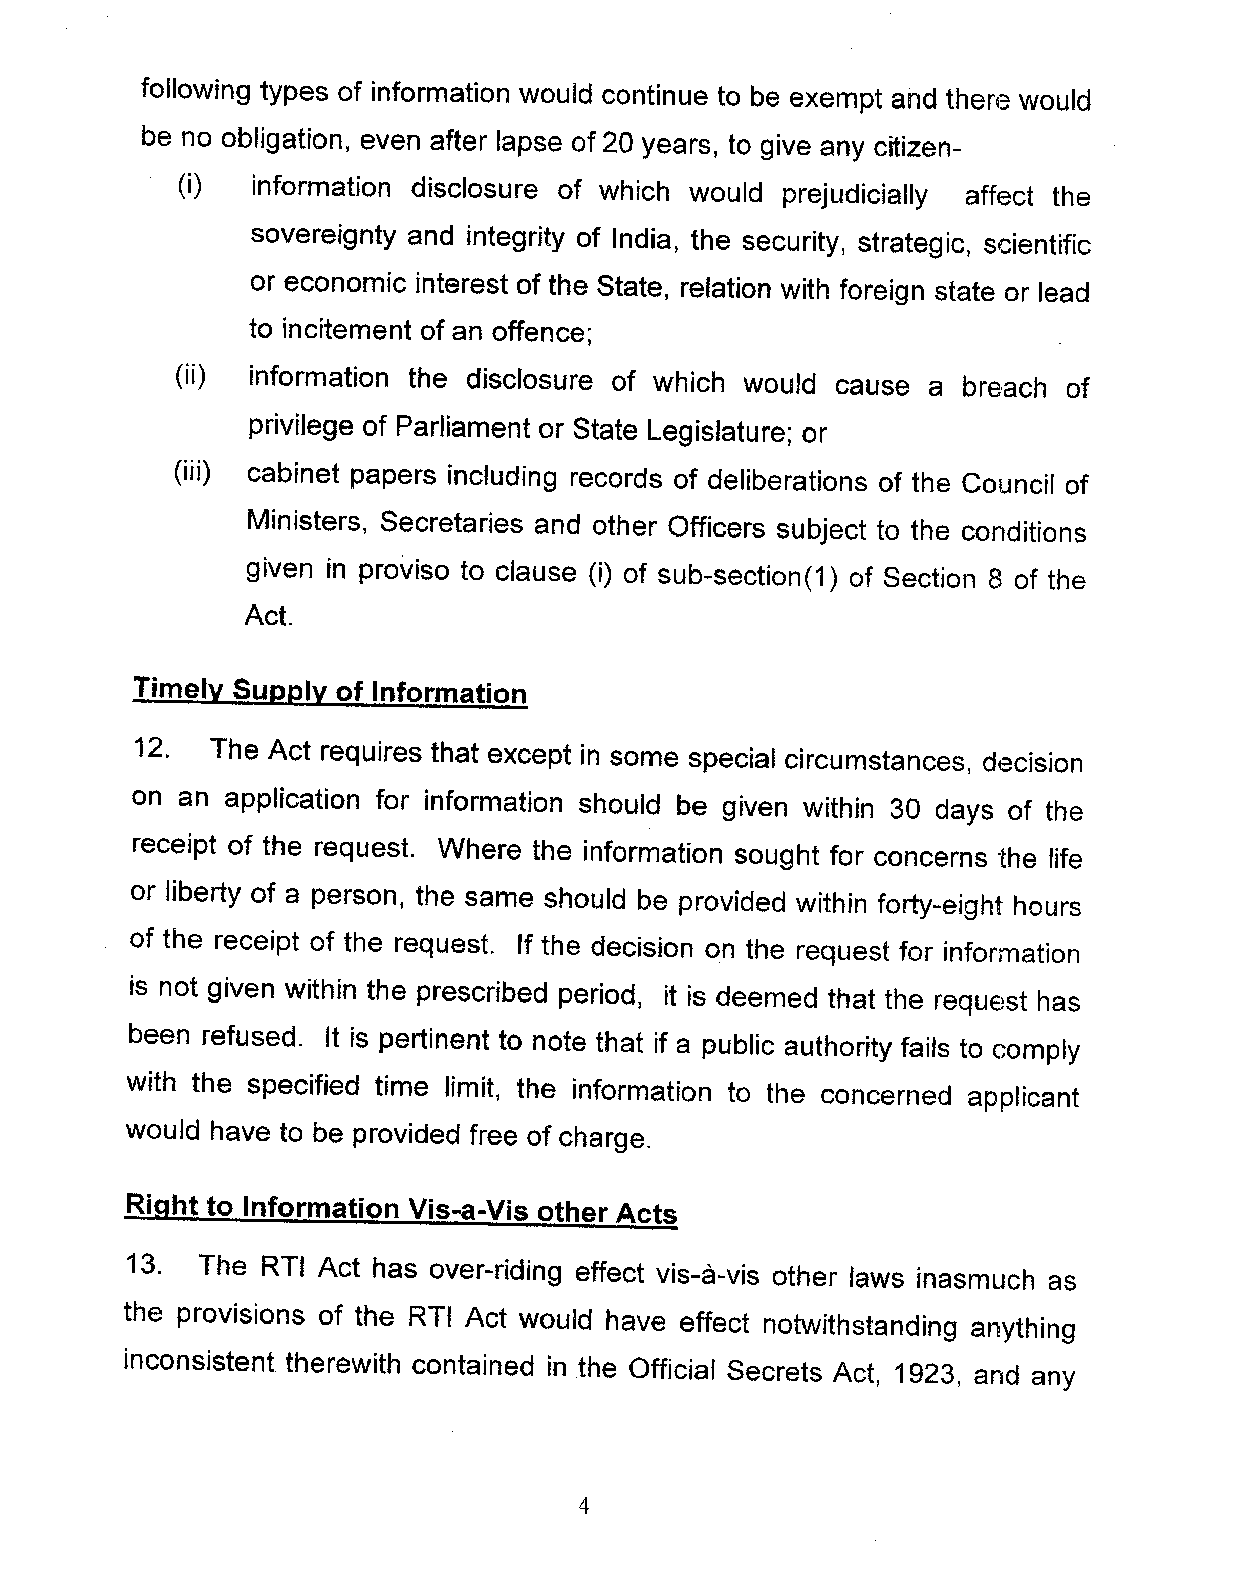
following types of information would continue to be exempt and there would
 be no obligation, even after lapse of 20 years, to give any citizen-
 (i)  information disclosure of which would prejudicially affect the
 sovereignty and integrity of India, the security, strategic, scientific
 or economic interest of the State, relation with foreign state or lead
 to incitement of an offence;
 (ii) information the disclosure of which would cause a breach of
 privilege of Parliament or State Legislature; or
 (iii) cabinet papers including records of deliberations of the Council of
 Ministers, Secretaries and other Officers subject to the conditions
 given in proviso to clause (i) of sub-section(1) of Section 8 of the
 Act.
 12. The Act requires that except in some special circumstances, decision
 on an application for information should be given within 30 days of the
 receipt of the request. Where the information sought for concerns the life
 or liberty of a person, the same should be provided within forty-eight hours
 of the receipt of the request. If the decision on the request for information
 is not given within the prescribed period, it is deemed that the request has
 been refused. It is pertinent to note that if a public authority fails to Gomply
 with the specified time limit, the information to the concerned applicant
 would have to be provided free of charge.
 Right to Information Vis-a-Vis other Acts
 13. The RTI Act has over-riding effect vis-a-vis other laws inasmuch as
 the provisions of the RTf Act would have effect notwithstanding anything
 inconsistent therewith contained in the Official Secrets Act, 1923, and any